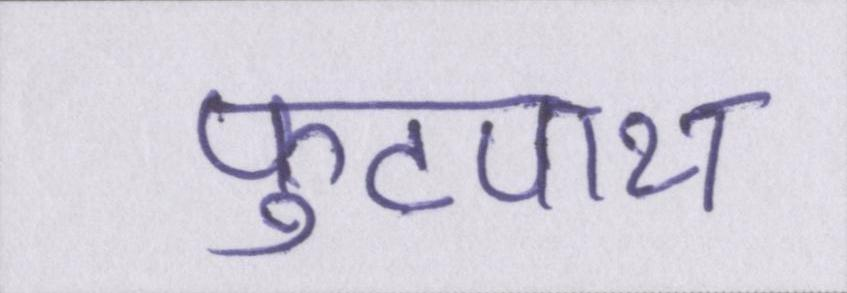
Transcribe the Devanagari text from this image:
फुटपाथ